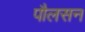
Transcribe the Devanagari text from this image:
पौलसन